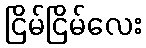
ငြိမ်ငြိမ်လေး